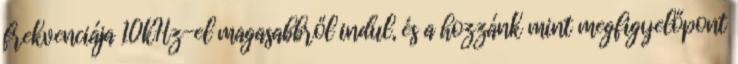
frekvenciája 10kHz-el magasabbről indul, és a hozzánk mint megfigyelőpont